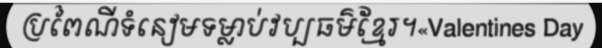
ប្រពៃណីទំនៀមទម្លាប់វប្បធម៌ខ្មែរ។«Valentines Day